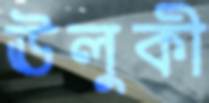
ঊলুকী